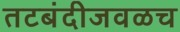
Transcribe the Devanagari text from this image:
तटबंदीजवळच